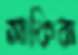
সাকিবা